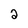
Character: 2